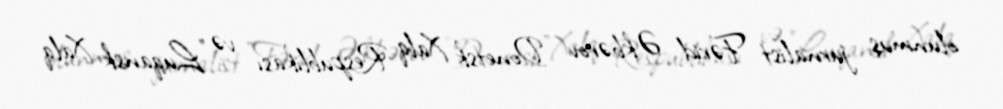
olunmuş jurnalist Fərid Əkbərov "Donetsk Xalq Respublikası" və "Luqansk Xalq